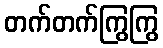
တက်တက်ကြွကြွ